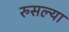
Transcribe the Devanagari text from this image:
रुसल्या